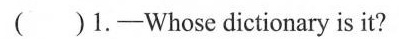
.( )1.-Whose dictionary is it?